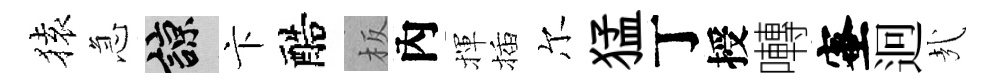
𫞤急諒卞醅板內揮插尔猛丁授囀蜜迥㢤